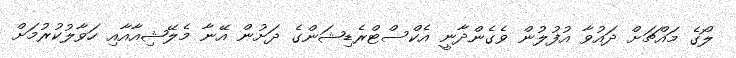
ލޯގެ މައްޗަށް ދައުވާ އުފުލުން ވެގެންދާނީ އެކްސްޓްރެޑިޝަންގެ ދަށުން އޭނާ މެލޭޝިއާއާއި ހަވާލުކުރުމަށް